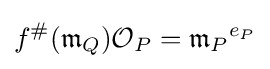
f^{\#}({\mathfrak {m}}_{Q}){\mathcal {O}}_{P}={{\mathfrak {m}}_{P}}^{e_{P}}